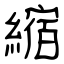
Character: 縮